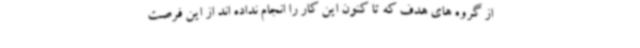
از گروه های هدف که تا کنون این کار را انجام نداده اند از این فرصت